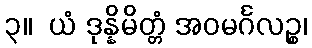
၃။  ယံ ဒုန္နိမိတ္တံ အဝမင်္ဂလဉ္စ၊